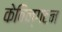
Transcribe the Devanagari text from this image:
केविन्गटन